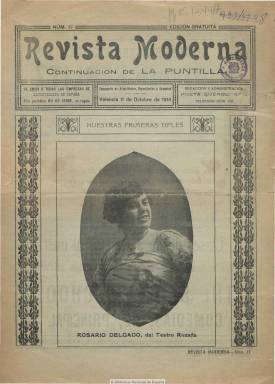
Título: Revista moderna (Valencia)
Colección: Espectáculos
Ámbito geográfico: Valencia
Lugar de publicación: Valencia
Fechas: 11/10/1914-19/10/1914

Es continuación de La puntilla, periódico de espectáculos, especialmente taurinos, y anuncios que empieza a publicarse en la capital valenciana a finales de julio de 1914, y que este mismo año adopta este título, con toda probabilidad manteniendo la numeración, pero aumentando sus entregas desde las cuatro hasta las dieciséis páginas y adoptando una periodicidad semanal. Ofrece información de cine, teatro, estrenos de espectáculos y toros, tanto de Valencia como de otras provincias españolas, con fotografías de artistas y dibujos de lances taurinos. Su portada la ocupa íntegramente la fotografía de un retrato de una artista que visitaba su redacción, y tiene también una página musical, con la estampación de una partitura. Inserta abundante publicidad comercial y contiene algún reportaje, como uno sobre la industria valenciana de muebles, así como algunas composiciones poéticas de Enrique Bohorques y F. Puig Espert, y crónicas sociales y políticas de F. Ferrándiz Agulló. También convoca algunos concursos de chistes y de comedias. No se vendía, pues se distribuía gratuitamente a las empresas de espectáculos de toda España e, incluso, hacía un reparto domiciliario en la ciudad valenciana. La colección de la Biblioteca Nacional de España consta sólo de dos números de este título, de octubre de 1914, cuando el fotógrafo valenciano Vicente Pedydró Marzal (1888-1955) asume su dirección.